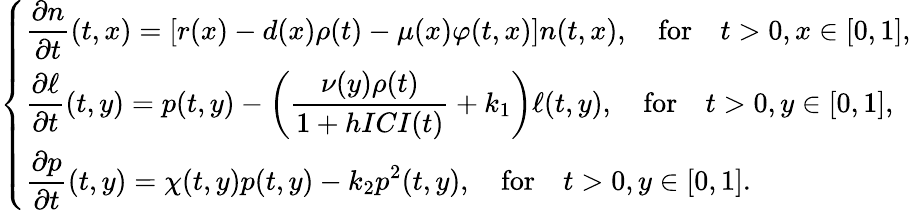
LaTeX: \left\{ \begin{array}{ll}{\displaystyle\frac{\partial n}{\partial t}(t,x)=\left[r(x)-d(x)\rho(t)-\mu(x)\varphi(t,x)\right]n(t,x),\quad\mathrm{for}\quad t>0,x\in[0,1],}\\ {\displaystyle\frac{\partial\ell}{\partial t}(t,y)=p(t,y)-\left(\frac{\nu(y)\rho(t)}{1+hICI(t)}+k_{1}\right)\ell(t,y),\quad\mathrm{for}\quad t>0,y\in[0,1],}\\ {\displaystyle\frac{\partial p}{\partial t}(t,y)=\chi(t,y)p(t,y)-k_{2}p^{2}(t,y),\quad\mathrm{for}\quad t>0,y\in[0,1].}\end{array}\right.